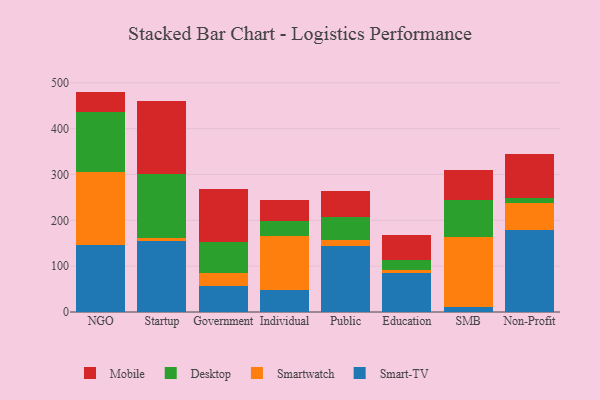
{"axis": {"x": "Segment", "y": "Page Views"}, "legend": ["Desktop", "Mobile", "Smart-TV", "Smartwatch"], "data": [{"x": "NGO", "y": 145.2, "type": "Smart-TV"}, {"x": "NGO", "y": 160.6, "type": "Smartwatch"}, {"x": "NGO", "y": 129.7, "type": "Desktop"}, {"x": "NGO", "y": 45.3, "type": "Mobile"}, {"x": "Startup", "y": 155.5, "type": "Smart-TV"}, {"x": "Startup", "y": 5.5, "type": "Smartwatch"}, {"x": "Startup", "y": 140.7, "type": "Desktop"}, {"x": "Startup", "y": 157.9, "type": "Mobile"}, {"x": "Government", "y": 57.4, "type": "Smart-TV"}, {"x": "Government", "y": 27.9, "type": "Smartwatch"}, {"x": "Government", "y": 68.2, "type": "Desktop"}, {"x": "Government", "y": 115.1, "type": "Mobile"}, {"x": "Individual", "y": 48.5, "type": "Smart-TV"}, {"x": "Individual", "y": 117.6, "type": "Smartwatch"}, {"x": "Individual", "y": 31.7, "type": "Desktop"}, {"x": "Individual", "y": 47.6, "type": "Mobile"}, {"x": "Public", "y": 143.3, "type": "Smart-TV"}, {"x": "Public", "y": 12.8, "type": "Smartwatch"}, {"x": "Public", "y": 51.4, "type": "Desktop"}, {"x": "Public", "y": 57.2, "type": "Mobile"}, {"x": "Education", "y": 84.1, "type": "Smart-TV"}, {"x": "Education", "y": 7.6, "type": "Smartwatch"}, {"x": "Education", "y": 22.6, "type": "Desktop"}, {"x": "Education", "y": 53.1, "type": "Mobile"}, {"x": "SMB", "y": 11.2, "type": "Smart-TV"}, {"x": "SMB", "y": 153.2, "type": "Smartwatch"}, {"x": "SMB", "y": 79.5, "type": "Desktop"}, {"x": "SMB", "y": 66.9, "type": "Mobile"}, {"x": "Non-Profit", "y": 179.3, "type": "Smart-TV"}, {"x": "Non-Profit", "y": 57.5, "type": "Smartwatch"}, {"x": "Non-Profit", "y": 11.4, "type": "Desktop"}, {"x": "Non-Profit", "y": 95.9, "type": "Mobile"}]}